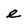
Character: e